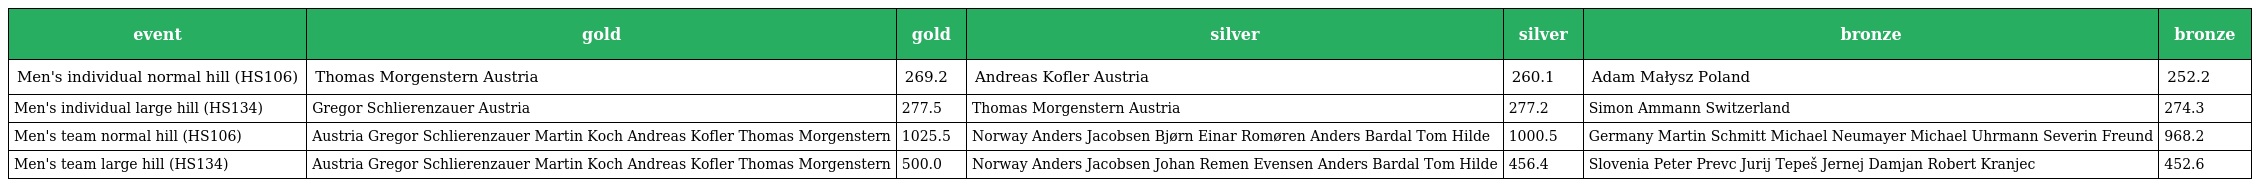
| event | gold | gold | silver | silver | bronze | bronze |
 | --- | --- | --- | --- | --- | --- | --- |
 | Men's individual normal hill (HS106) | Thomas Morgenstern Austria | 269.2 | Andreas Kofler Austria | 260.1 | Adam Małysz Poland | 252.2 |
 | Men's individual large hill (HS134) | Gregor Schlierenzauer Austria | 277.5 | Thomas Morgenstern Austria | 277.2 | Simon Ammann Switzerland | 274.3 |
 | Men's team normal hill (HS106) | Austria Gregor Schlierenzauer Martin Koch Andreas Kofler Thomas Morgenstern | 1025.5 | Norway Anders Jacobsen Bjørn Einar Romøren Anders Bardal Tom Hilde | 1000.5 | Germany Martin Schmitt Michael Neumayer Michael Uhrmann Severin Freund | 968.2 |
 | Men's team large hill (HS134) | Austria Gregor Schlierenzauer Martin Koch Andreas Kofler Thomas Morgenstern | 500.0 | Norway Anders Jacobsen Johan Remen Evensen Anders Bardal Tom Hilde | 456.4 | Slovenia Peter Prevc Jurij Tepeš Jernej Damjan Robert Kranjec | 452.6 |